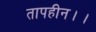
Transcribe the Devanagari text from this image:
तापहीन।।